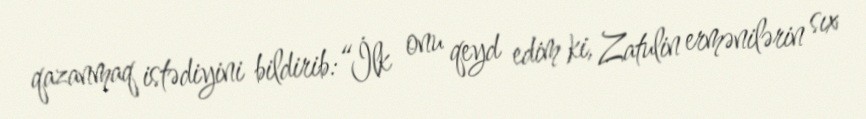
qazanmaq istədiyini bildirib:“İlk onu qeyd edim ki, Zatulin ermənilərin sıx